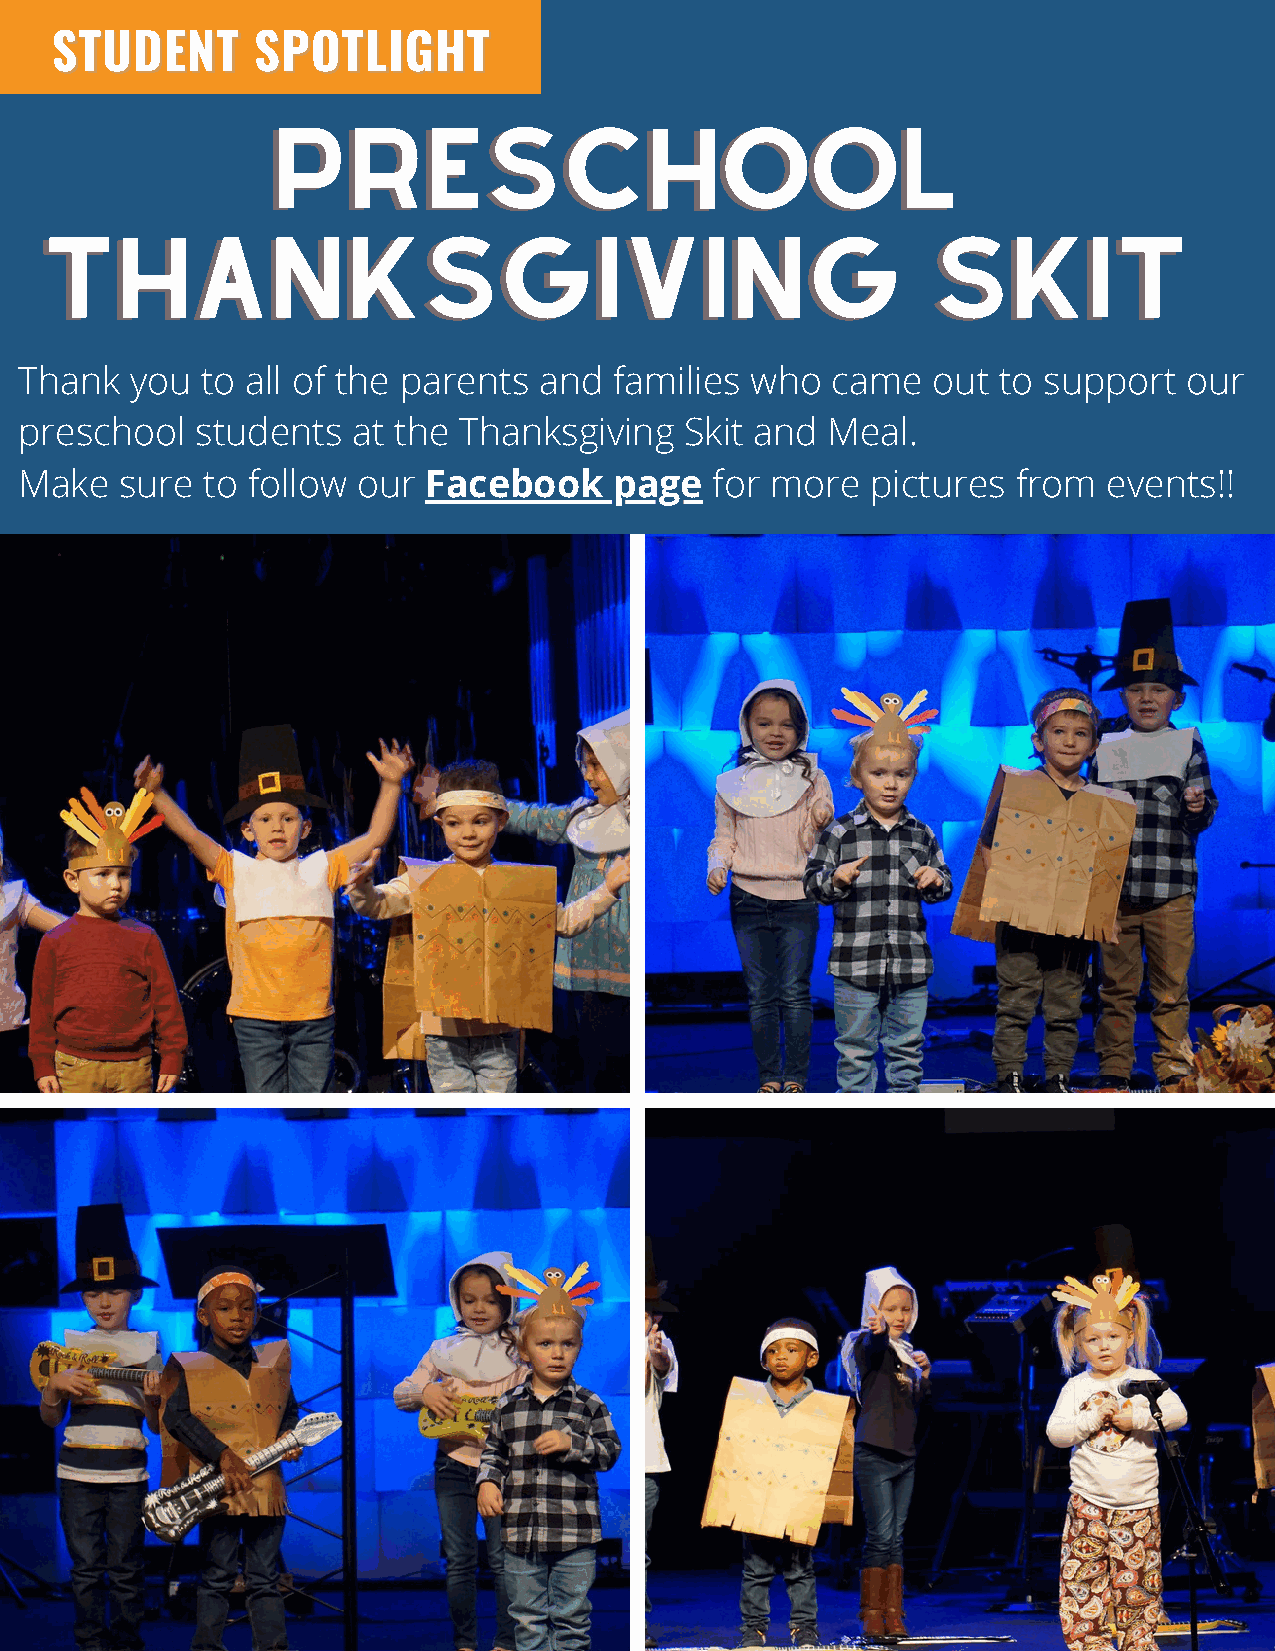
SSTTUUDDEENNTT SSPPOOTTLLIIGGHHTT
 PPRREESSCCHHOOOOLL
 TTHHAANNKKSSGGIIVVIINNGG                                   SSKKIITT
 Thank   you to all of the parents  and  families who  came   out to support   our
 preschool   students  at the Thanksgiving   Skit and  Meal.
 Make   sure to follow  our Facebook     page  for more   pictures from  events!!